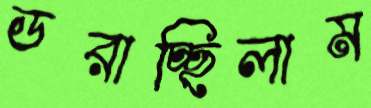
ডরাচ্ছিলাম